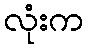
လုံးက